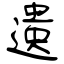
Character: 遺